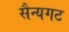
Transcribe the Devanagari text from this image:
सैन्यगट